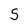
Character: 5